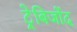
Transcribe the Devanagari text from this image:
ट्रेबिजोंद